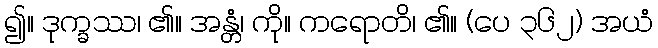
၍။ ဒုက္ခဿ၊ ၏။ အန္တံ၊ ကို။ ကရောတိ၊ ၏။ (ပေ ၃၆၂) အယံ